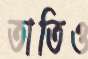
তাতিও